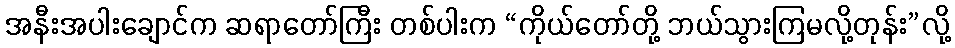
အနီးအပါးချောင်က ဆရာတော်ကြီး တစ်ပါးက “ကိုယ်တော်တို့ ဘယ်သွားကြမလို့တုန်း”လို့